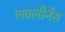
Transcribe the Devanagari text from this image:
लवलीनैस